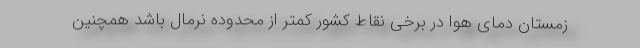
زمستان دمای هوا در برخی نقاط کشور کمتر از محدوده نرمال باشد همچنین